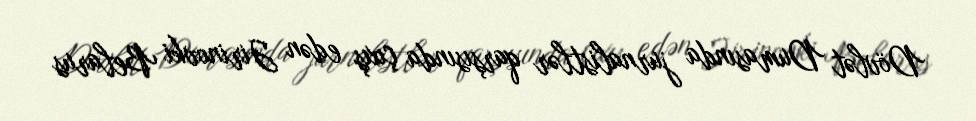
Dövlət Dumasında jurnalistlər qarşısında çıxış edən Jirinovki Belarus